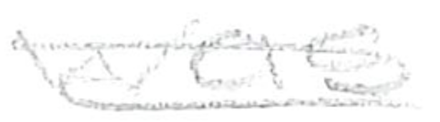
Text: was
Cross-out: double-line
Writing tool: pencil